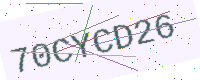
Text: 70CYCD26